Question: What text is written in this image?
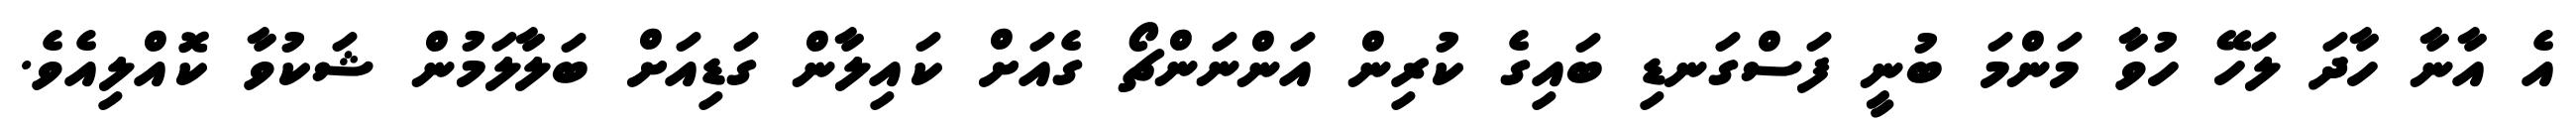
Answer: އެ އާނާ ހާދަ ލަހޭ ހުވާ މަންމަ ބުނީ ފަސްގަނޑި ބައިގެ ކުރިން އަންނަންޗޯ ގެއަށް ކައިލާން ގަޑިއަށް ބަލާލަމުން ޝަކުވާ ކޮއްލިއެވެ.